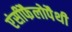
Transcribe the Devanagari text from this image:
एंसीफैलोपैथी